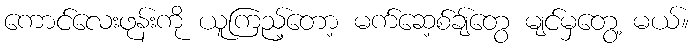
ကောင်လေးဖုန်းကို ယူကြည့်တော့ မက်ဆေ့စ်ချ်တွေ မျင်မှတွေ့ မယ်။